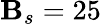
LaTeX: \mathbf{B}_{s}=25